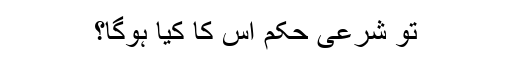
تو شرعی حکم اس کا کیا ہوگا؟